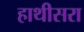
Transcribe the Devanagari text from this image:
हाथीसरा